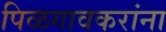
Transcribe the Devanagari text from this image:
पिळगावकरांना